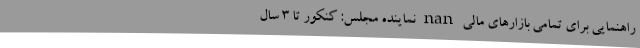
راهنمایی برای تمامی بازارهای مالی nan نماینده مجلس: کنکور تا ۳ سال